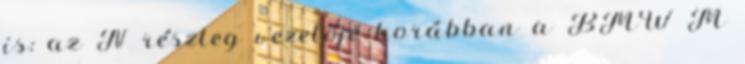
is: az N részleg vezetője korábban a BMW M